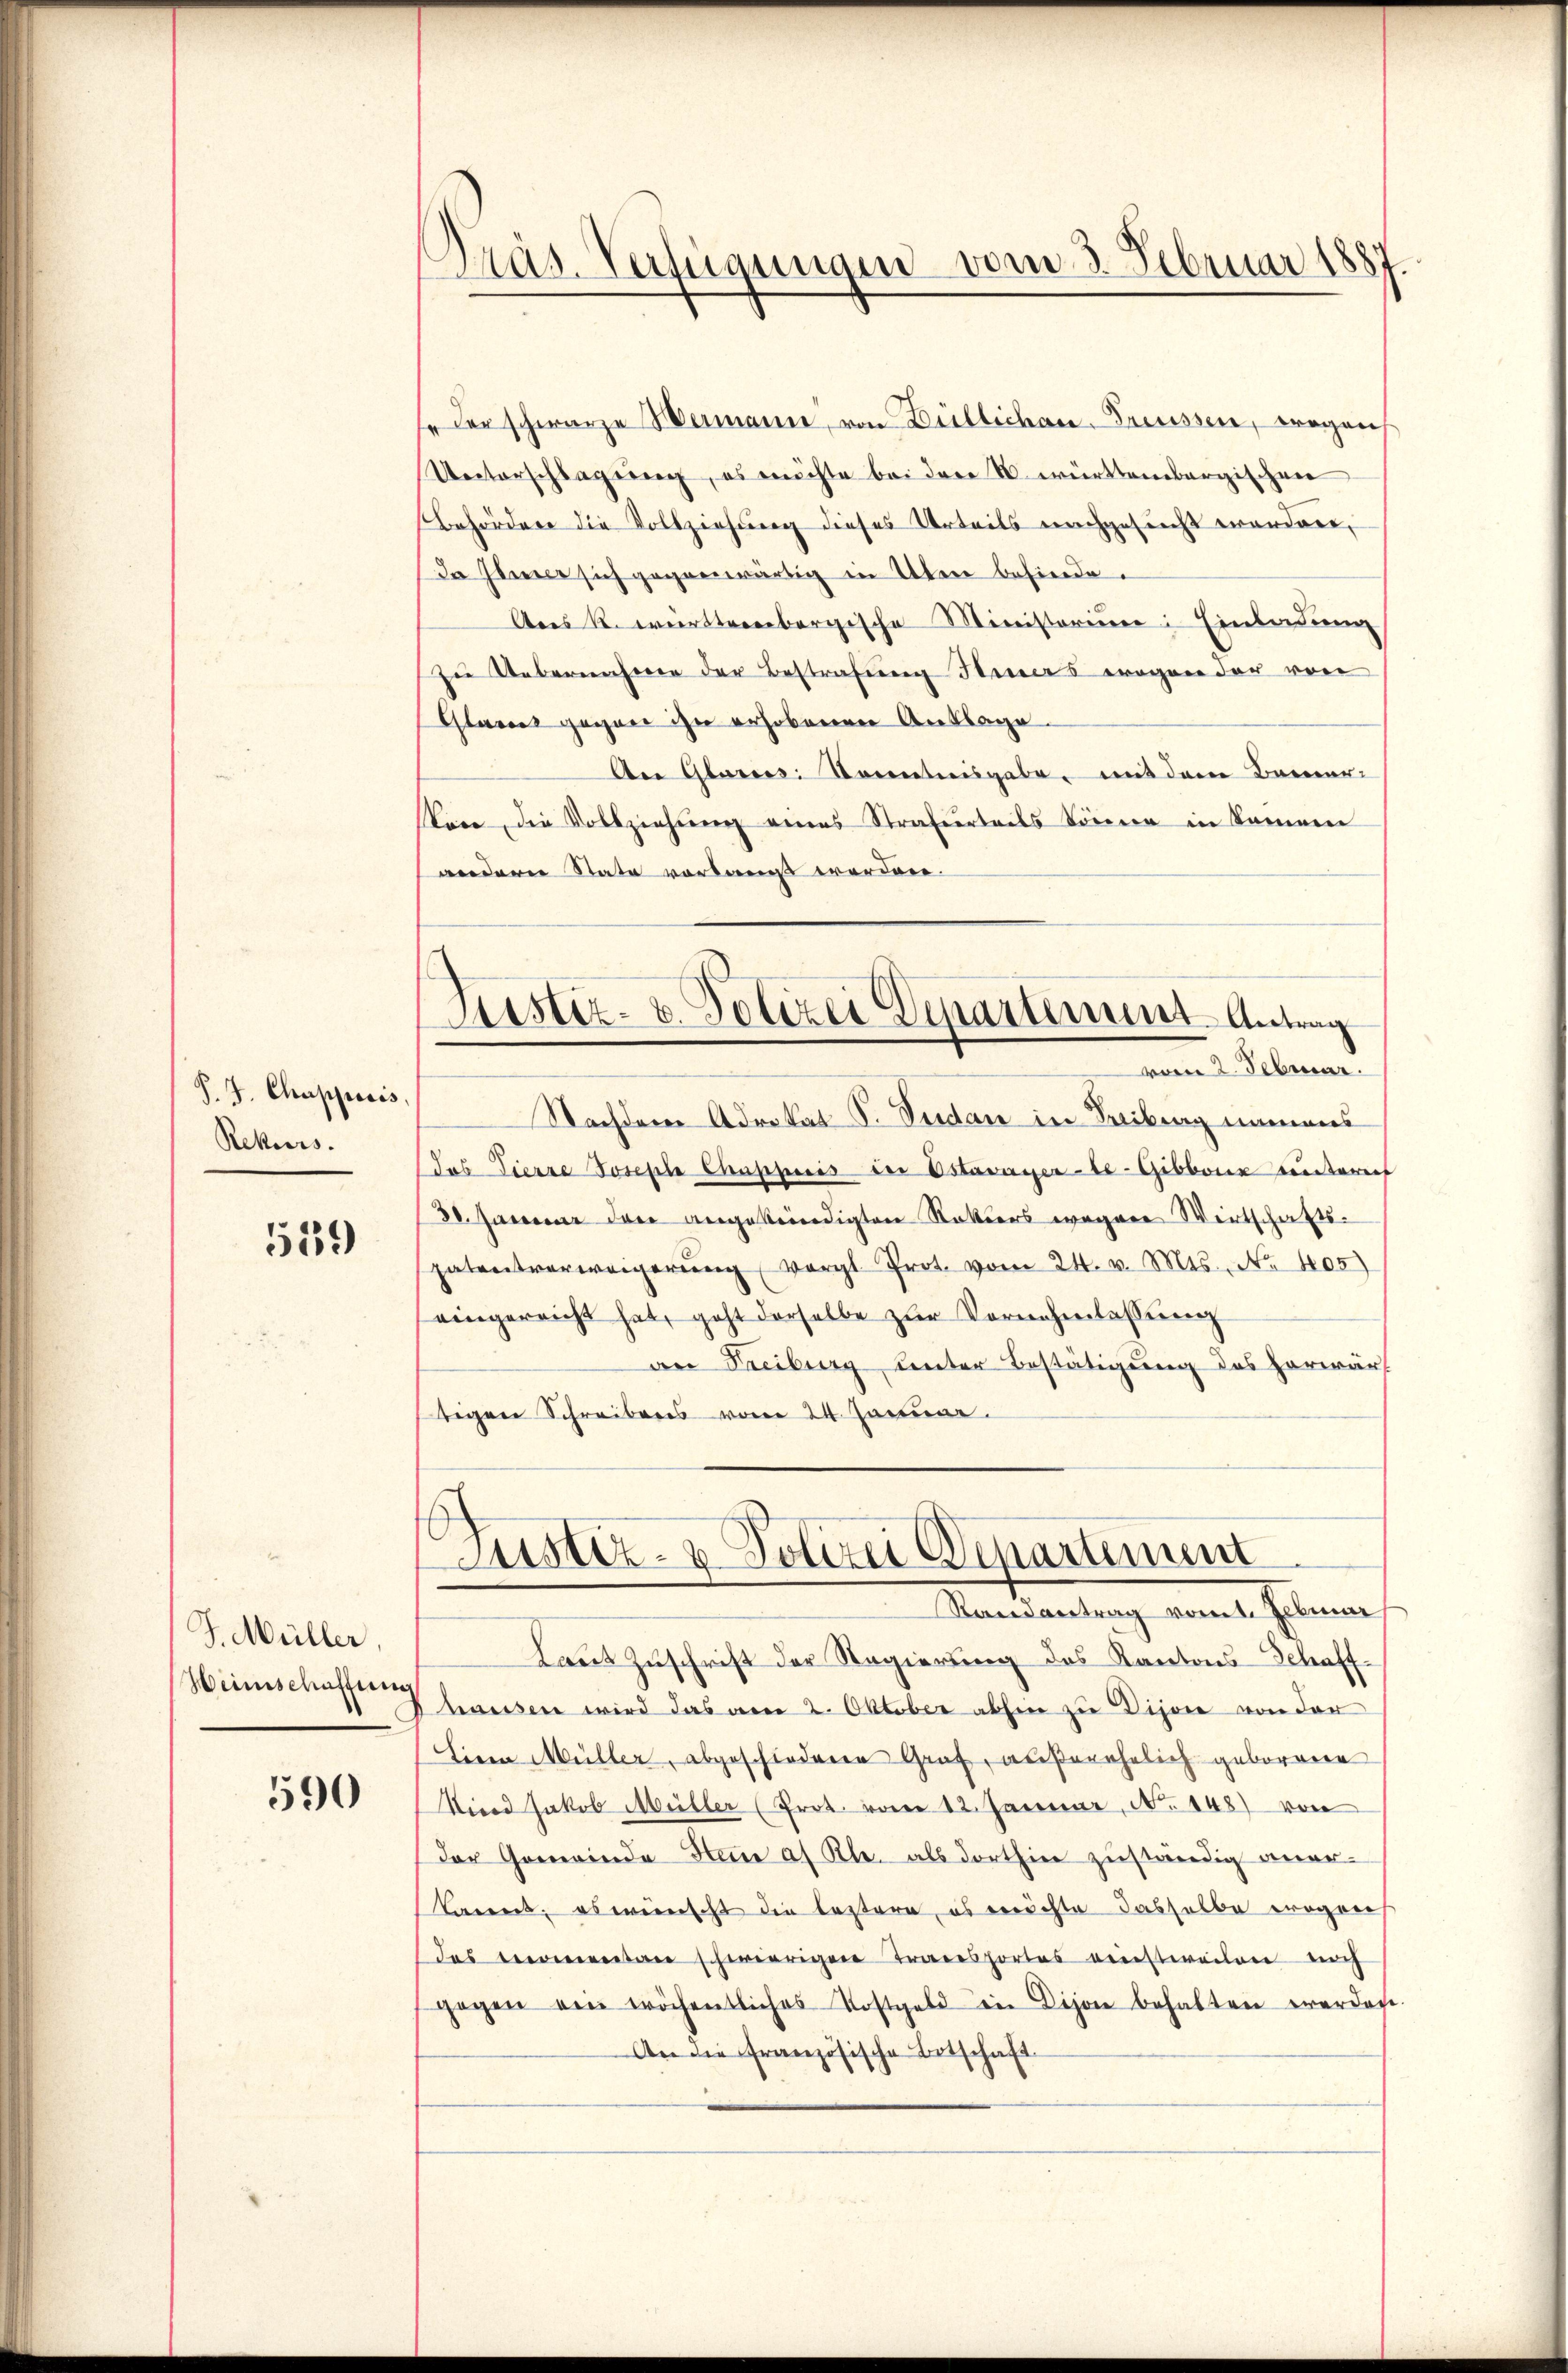
S. J. Chuppiris,
Rekurs.

539

J. Müller
Weinschaffung

590

Präs. Verfügungen vom 3. Februar 1887.

s der schwarze Wermann, von Büblichen-Friessen, Fragen
Unterschlagung, es möchte bei der N. württembergischen
Behörden die Vollziehung dieses Urteils nachgesucht worden,
da Inner sich gegenwärtig in eben befinde.
Ans R. württembergische Ministerium Einladung
Zu Uebernahmen der Bestrafung Hiers wegen der von
tares gegen ihn erhobenen Auslage.
An Glarnes Kenntnisgabe, mit dem Bemer-
kare, die Vollziehung eines Strafurteils können in kamen
anderer State vorlangt werden.
Nachdem Advokat P. Verdan in Freibung namens
(das Tierre Joseph Chappuis der Estavayer-le-Gibborie untereit
30. Januar den angekündigten Rotters wegene Wirtschafts-
patentverweigerŭng vergl. Prot. vom 24. v. Mts. No. 405)
eingereicht hat, geht derselbe zŭr Vornehmlassŭng
an Freiburg unter Bestätigung des Horwärt
tigen Schreibens vom 24. Januar.
Justiz- & Polizei Departement
Randantrag vom 1. Februar
Laut Zuschrift der Regierung des Kantons-Schaffhausen wird das von 2. Oktober abhin zu Dijone von der
Sieen Müller, abgeschiederen Graf, außerehelich geborenen
Kind Jakob Müller (Prot vom 12. Januar, No. 148) von
Der Gemeinde Steine af Rl. als dorthin zuständig aner-
Barent, es wünscht die leztere, es errichte dasselbe erogaer
das ementan schwierigen Transportes einstweilen noch
gegen ein wöchentliches Kostgeld in Vison behalten werden
An die französische Botschaft

Justiz- u. Polizei Departement. Antrag
vom 2. Februar.